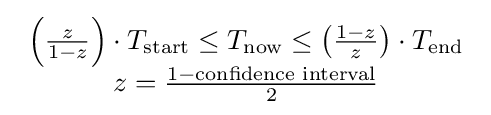
{\begin{array}{c}\left({\frac {z}{1-z}}\right)\cdot T_{\text{start}}\leq T_{\text{now}}\leq \left({\frac {1-z}{z}}\right)\cdot T_{\text{end}}\\z={\frac {1-{\text{confidence interval}}}{2}}\end{array}}